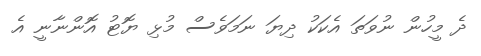
ދެ މީހުން ނުވަތަ އެކަކު ދިޔަ ނަމަވެސް މުޅި ޔޮޓު އޮންނާނީ އެ